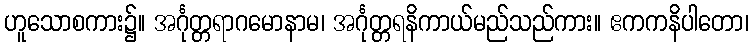
ဟူသောစကား၌။ အင်္ဂုတ္တရာဂမောနာမ၊ အင်္ဂုတ္တရနိကာယ်မည်သည်ကား။ ဧကကနိပါတော၊